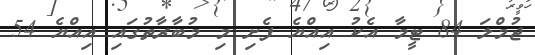
ޖުމްލަ 84 ޓީމާ އެކު އިއްޔެ ފެށި މި މުބާރާތުގައި އިއްޔެ 54